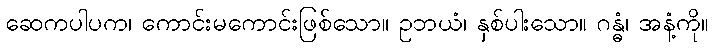
ဆေကပါပက၊ ကောင်းမကောင်းဖြစ်သော။ ဥဘယံ၊ နှစ်ပါးသော။ ဂန္ဓံ၊ အနံ့ကို။